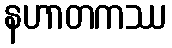
နဟာတကဿ